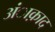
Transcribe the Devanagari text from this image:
अंाक़ाद